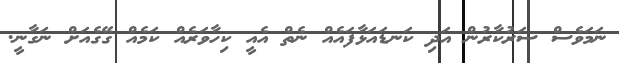
ނަމަވެސް ސަރުކާރުން އަދި ކަނޑައަޅާފައެއް ނެތް އެއީ ކިހާވަރެއް ކަމެއް ގޭގެއަށް ނަގާނީ.